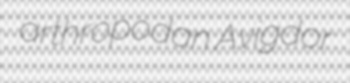
arthropodan Avigdor